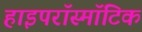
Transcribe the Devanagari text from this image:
हाइपरॉस्मॉटिक